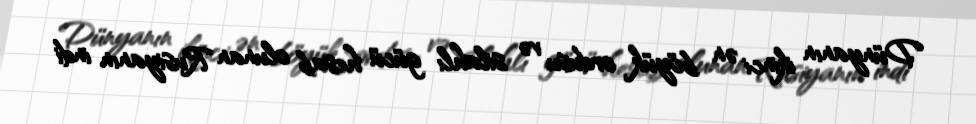
Dünyanın ikinci ən böyük ordusu və silahlı gücü hesab olunan Rusiyanın indi